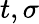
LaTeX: t,\sigma